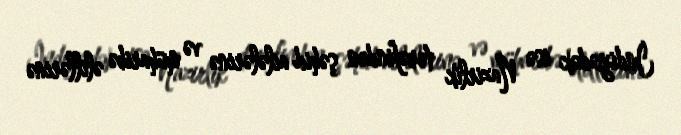
İndiyədək isə Nazirlik tərəfindən şəhid ailələrinə və müharibə əlillərinə